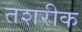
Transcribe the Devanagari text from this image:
तशरीक